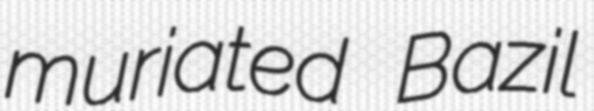
muriated Bazil